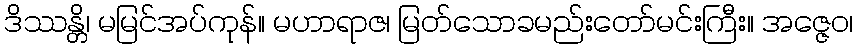
ဒိဿန္တိ၊ မမြင်အပ်ကုန်။ မဟာရာဇ၊ မြတ်သောခမည်းတော်မင်းကြီး။ အဇ္ဇေဝ၊